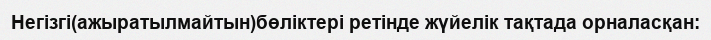
Негізгі(ажыратылмайтын)бөліктері ретінде жүйелік тақтада орналасқан: